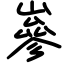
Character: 嵾